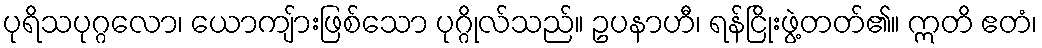
ပုရိသပုဂ္ဂလော၊ ယောကျ်ားဖြစ်သော ပုဂ္ဂိုလ်သည်။ ဥပနာဟီ၊ ရန်ငြိုးဖွဲ့တတ်၏။ ဣတိ ဧတံ၊